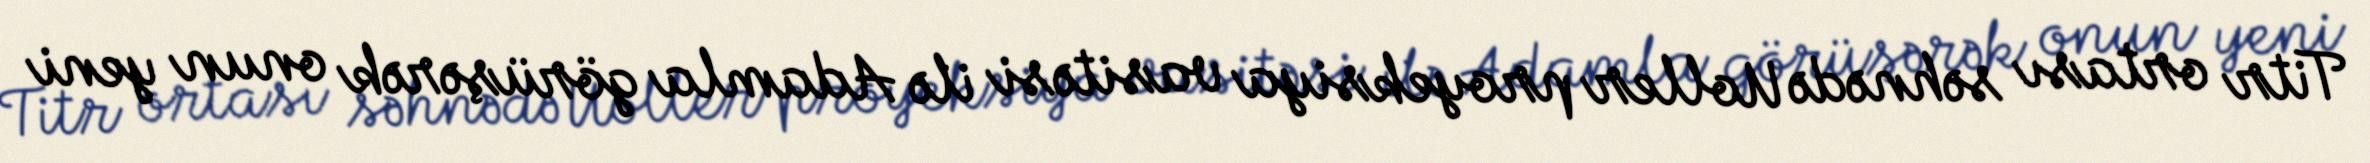
Titr ortası səhnədə Uoller proyeksiya vasitəsi ilə Adamla görüşərək onun yeni